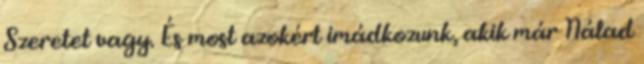
Szeretet vagy. És most azokért imádkozunk, akik már Nálad